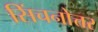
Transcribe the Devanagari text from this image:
सिंचनोत्तर